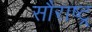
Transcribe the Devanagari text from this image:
सौराष्ट्र्